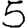
Digit: 5